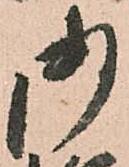
御